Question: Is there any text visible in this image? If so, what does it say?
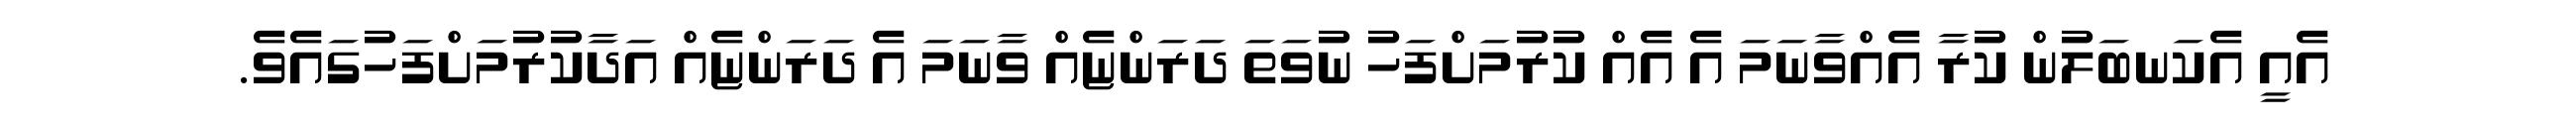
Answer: އެއީ އެކަނބަލުން ކުރާ އެއްވާނަމަ އެ އެއް ކުރުމަށްފަހު ނުވަތަ ދަރަންޏެއް ވާނަމަ އެ ދަރަންޏެއް އަދާކުރުމަށްފަހުގައެވެ.